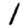
Digit: 1